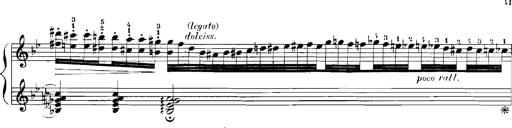
Title: Rhapsodies hongroises
Composer: Franz Liszt